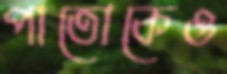
পাতোকেও